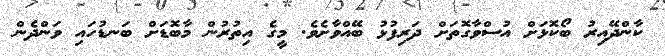
ކާންދޭއިރު ބޯކޮޅަށް އުސްވާގޮތަށް ދަރިފުޅު ބޭއްވާށެވެ. މީގެ އިތުރުން މާބޮޑަށް ބަނޑުހައި ވަންދެން